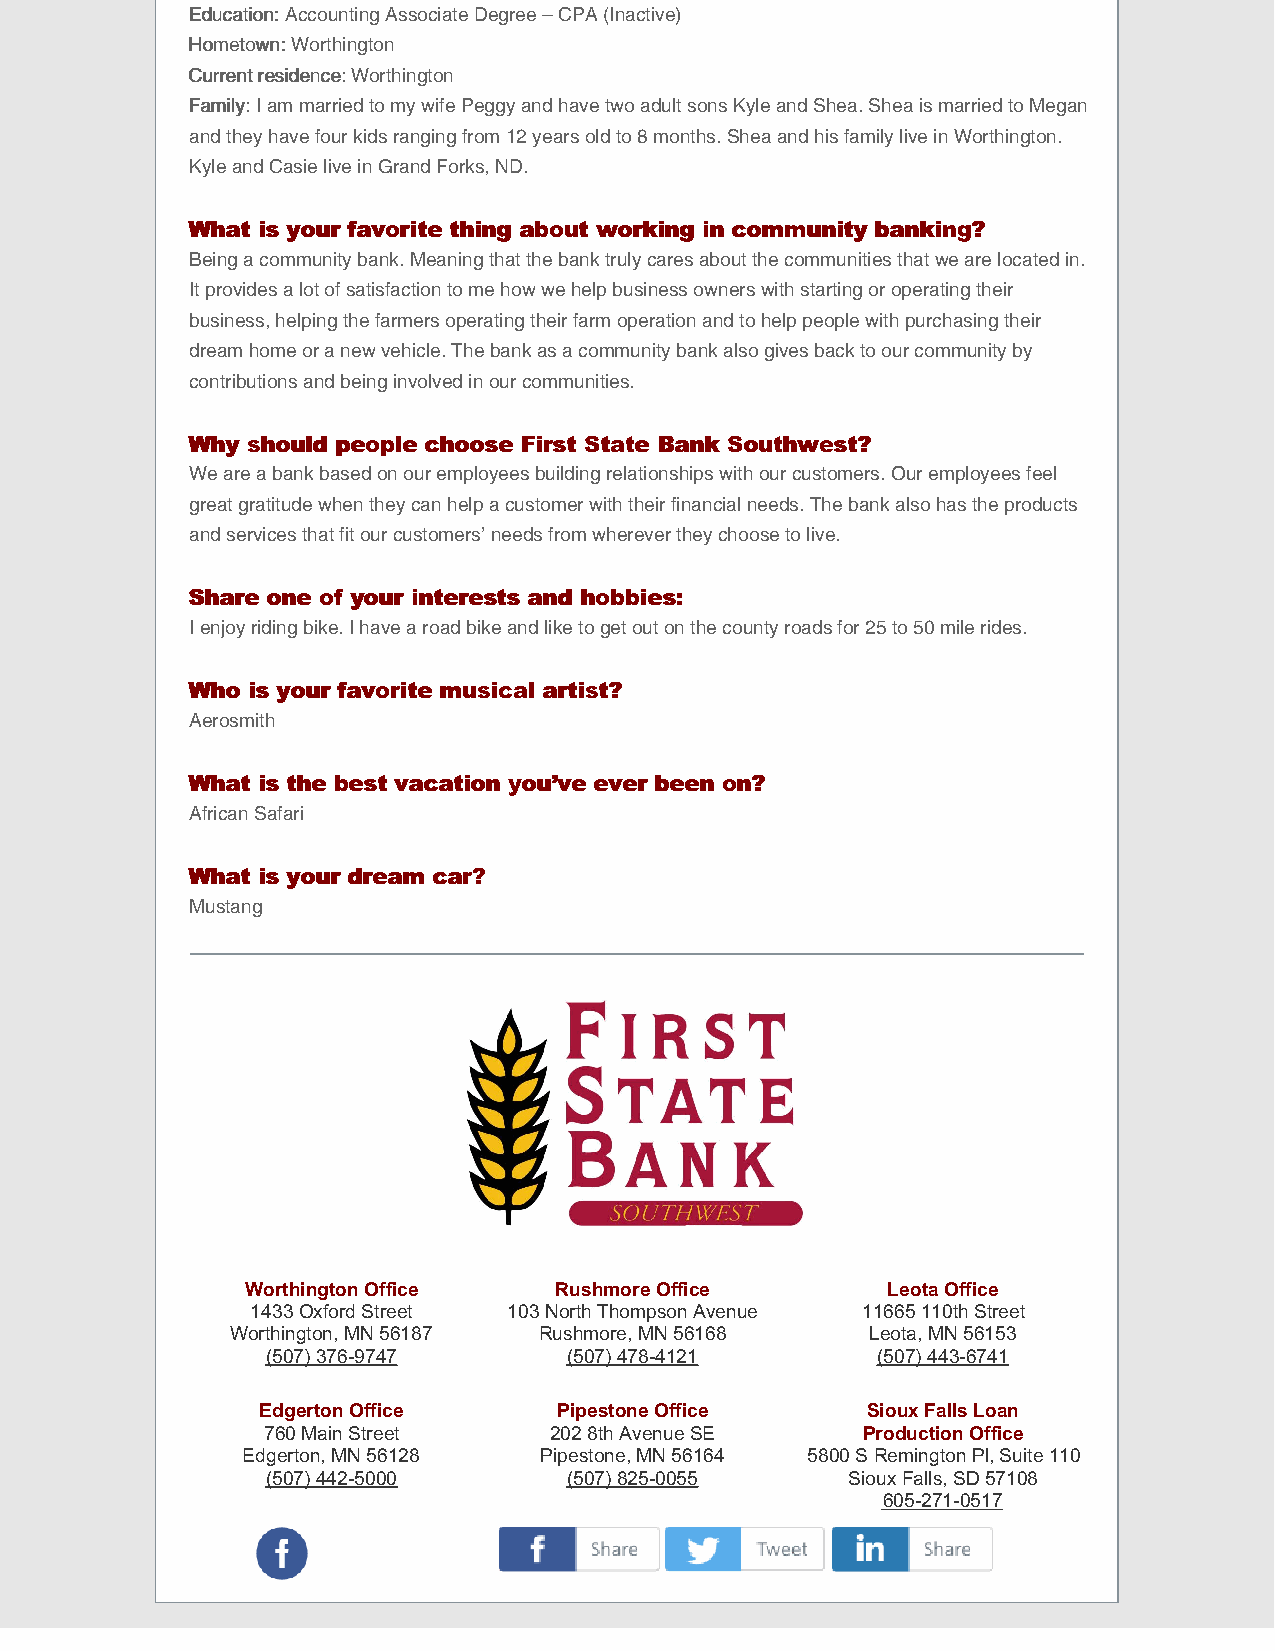
EEdduuccaattiioonn:: Accounting Associate Degree – CPA (Inactive)
 HHoommeettoowwnn:: Worthington
 CCuurrrreenntt rreessiiddeennccee:: Worthington
 FFaammiillyy:: I am married to my wife Peggy and have two adult sons Kyle and Shea. Shea is married to Megan
 and they have four kids ranging from 12 years old to 8 months. Shea and his family live in Worthington.
 Kyle and Casie live in Grand Forks, ND.
 WWhhaatt iiss yyoouurr ffaavvoorriittee tthhiinngg aabboouutt wwoorrkkiinngg iinn ccoommmmuunniittyy bbaannkkiinngg??
 Being a community bank. Meaning that the bank truly cares about the communities that we are located in.
 It provides a lot of satisfaction to me how we help business owners with starting or operating their
 business, helping the farmers operating their farm operation and to help people with purchasing their
 dream home or a new vehicle. The bank as a community bank also gives back to our community by
 contributions and being involved in our communities.
 WWhhyy sshhoouulldd ppeeooppllee cchhoooossee FFiirrsstt SSttaattee BBaannkk SSoouutthhwweesstt??
 We are a bank based on our employees building relationships with our customers. Our employees feel
 great gratitude when they can help a customer with their financial needs. The bank also has the products
 and services that fit our customers’ needs from wherever they choose to live.
 SShhaarree oonnee ooff yyoouurr iinntteerreessttss aanndd hhoobbbbiieess::
 I enjoy riding bike. I have a road bike and like to get out on the county roads for 25 to 50 mile rides.
 WWhhoo iiss yyoouurr ffaavvoorriittee mmuussiiccaall aarrttiisstt??
 Aerosmith
 WWhhaatt iiss tthhee bbeesstt vvaaccaattiioonn yyoouu’’vvee eevveerr bbeeeenn oonn??
 African Safari
 WWhhaatt iiss yyoouurr ddrreeaamm ccaarr??
 Mustang
 Worthington Office   Rushmore Office       Leota Office
 1433 Oxford Street 103 North Thompson Avenue 11665 110th Street
 Worthington, MN 56187 Rushmore, MN 56168   Leota, MN 56153
 (507) 376-9747      (507) 478-4121      (507) 443-6741
 Edgerton Office     Pipestone Office    Sioux Falls Loan
 760 Main Street    202 8th Avenue SE    ​Production Office
 Edgerton, MN 56128  Pipestone, MN 56164 5800 S Remington Pl, Suite 110
 (507) 442-5000      (507) 825-0055    Sioux Falls, SD 57108
 605-271-0517
 ​          ​          ​
 ​